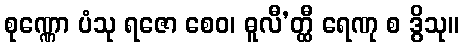
စုဏ္ဏော ပံသု ရဇော စေဝ၊ ဓူလီ’တ္ထီ ရေဏု စ ဒွိသု။